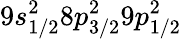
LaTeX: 9s_{1/2}^{2}8p_{3/2}^{2}9p_{1/2}^{2}